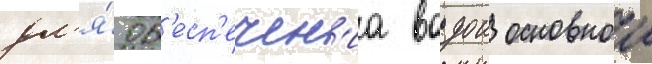
дл'я́ об'есп'ечен'иа водои основнои